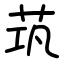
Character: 茿